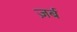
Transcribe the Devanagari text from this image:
ज़र्ब